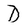
Character: D